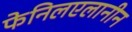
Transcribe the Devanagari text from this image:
फेनिलएलानीन